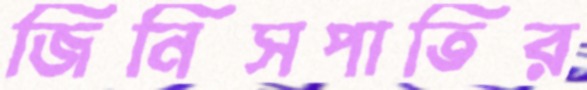
জিনিসপাতির